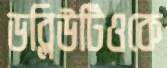
ডব্লিউটিওকে